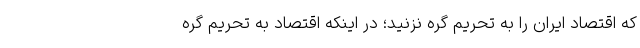
که اقتصاد ایران را به تحریم گره نزنید؛ در اینکه اقتصاد به تحریم گره